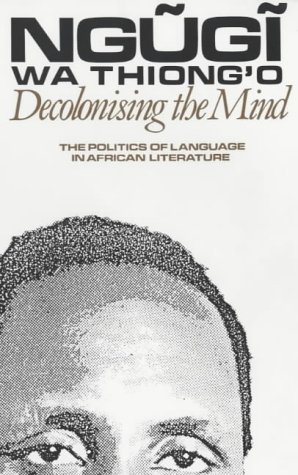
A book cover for Decolonising the Mind: The Politics of Language in African Literature; Ngugi wa Thiong'o; Literature & Fiction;